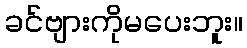
ခင်ဗျားကိုမပေးဘူး။